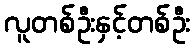
လူတစ်ဦးနှင့်တစ်ဦး